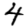
Digit: 4